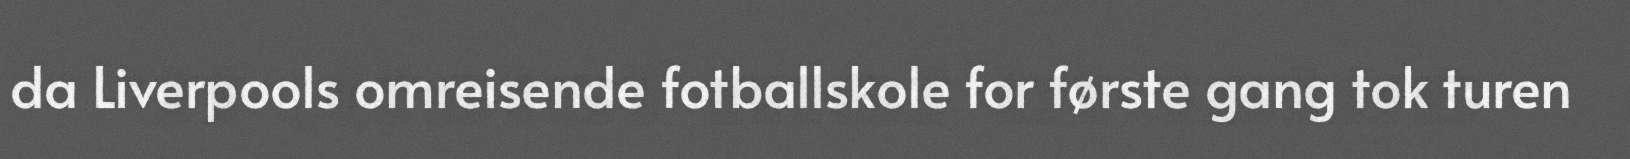
da Liverpools omreisende fotballskole for første gang tok turen